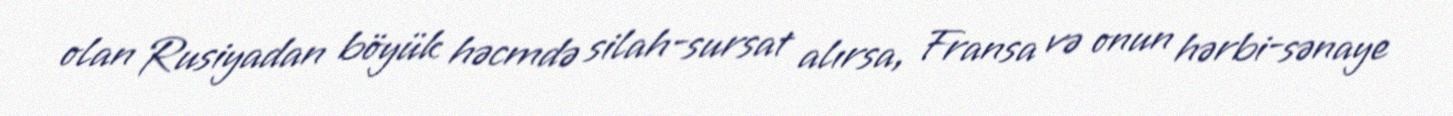
olan Rusiyadan böyük həcmdə silah-sursat alırsa, Fransa və onun hərbi-sənaye